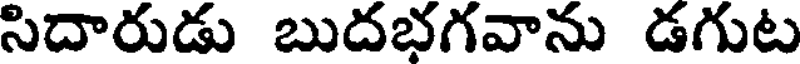
సిదారుడు బుదభగవాను డగుట